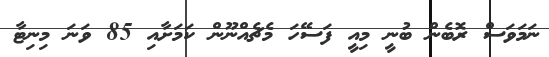
ނަމަވަސް ރޮބެން ބުނީ މިއީ ފަސޭހަ މެޗެއްނޫން ކަމަށާއި 85 ވަނަ މިނިޓާ